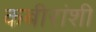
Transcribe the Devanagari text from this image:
कबीरांशी